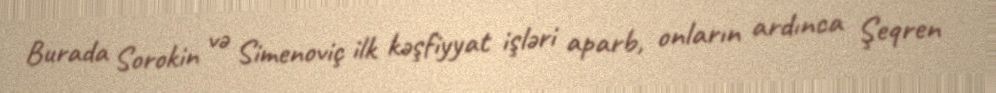
Burada Sorokin və Simenoviç ilk kəşfiyyat işləri aparb, onların ardınca Şeqren